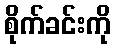
စိုက်ခင်းကို